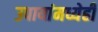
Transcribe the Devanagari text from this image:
उपायांमध्येही